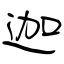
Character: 迦